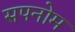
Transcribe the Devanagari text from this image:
सपनोम